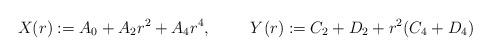
LaTeX: \begin{align*}X(r):=A_0+A_2r^2+A_4r^4,&&Y(r):=C_2+D_2+r^2(C_4+D_4)\end{align*}